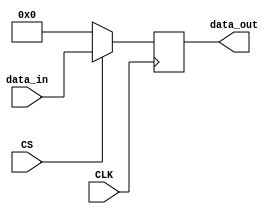
module register (CLK, data_in, CS, data_out);
  input CLK, CS;
  input [31:0] data_in;
  output reg [31:0] data_out;
  
  always @(posedge CLK) begin
    if (!CS) data_out <= 0;
    else data_out <= data_in;
  end
  
endmodule